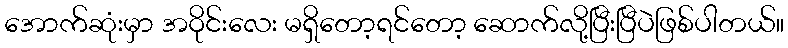
အောက်ဆုံးမှာ အဝိုင်းလေး မရှိတော့ရင်တော့ ဆောက်လို့ပြီးပြီပဲဖြစ်ပါတယ်။